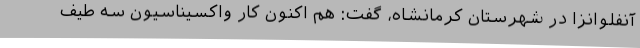
آنفلوانزا در شهرستان کرمانشاه، گفت: هم اکنون کار واکسیناسیون سه طیف